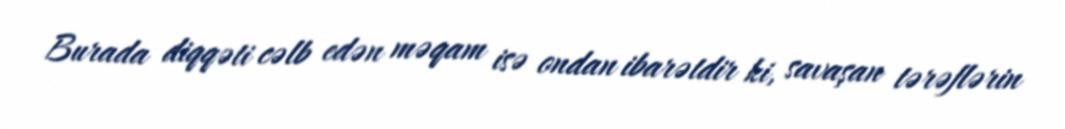
Burada diqqəti cəlb edən məqam isə ondan ibarətdir ki, savaşan tərəflərin